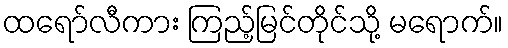
ထရော်လီကား ကြည့်မြင်တိုင်သို့ မရောက်။